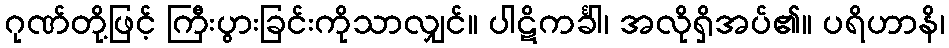
ဂုဏ်တို့ဖြင့် ကြီးပွားခြင်းကိုသာလျှင်။ ပါဋိကင်္ခါ၊ အလိုရှိအပ်၏။ ပရိဟာနိ၊